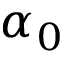
\alpha _ { 0 }